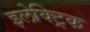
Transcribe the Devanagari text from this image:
इलेक्‍ट्रिक